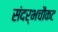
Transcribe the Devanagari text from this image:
संदर्भचौकट